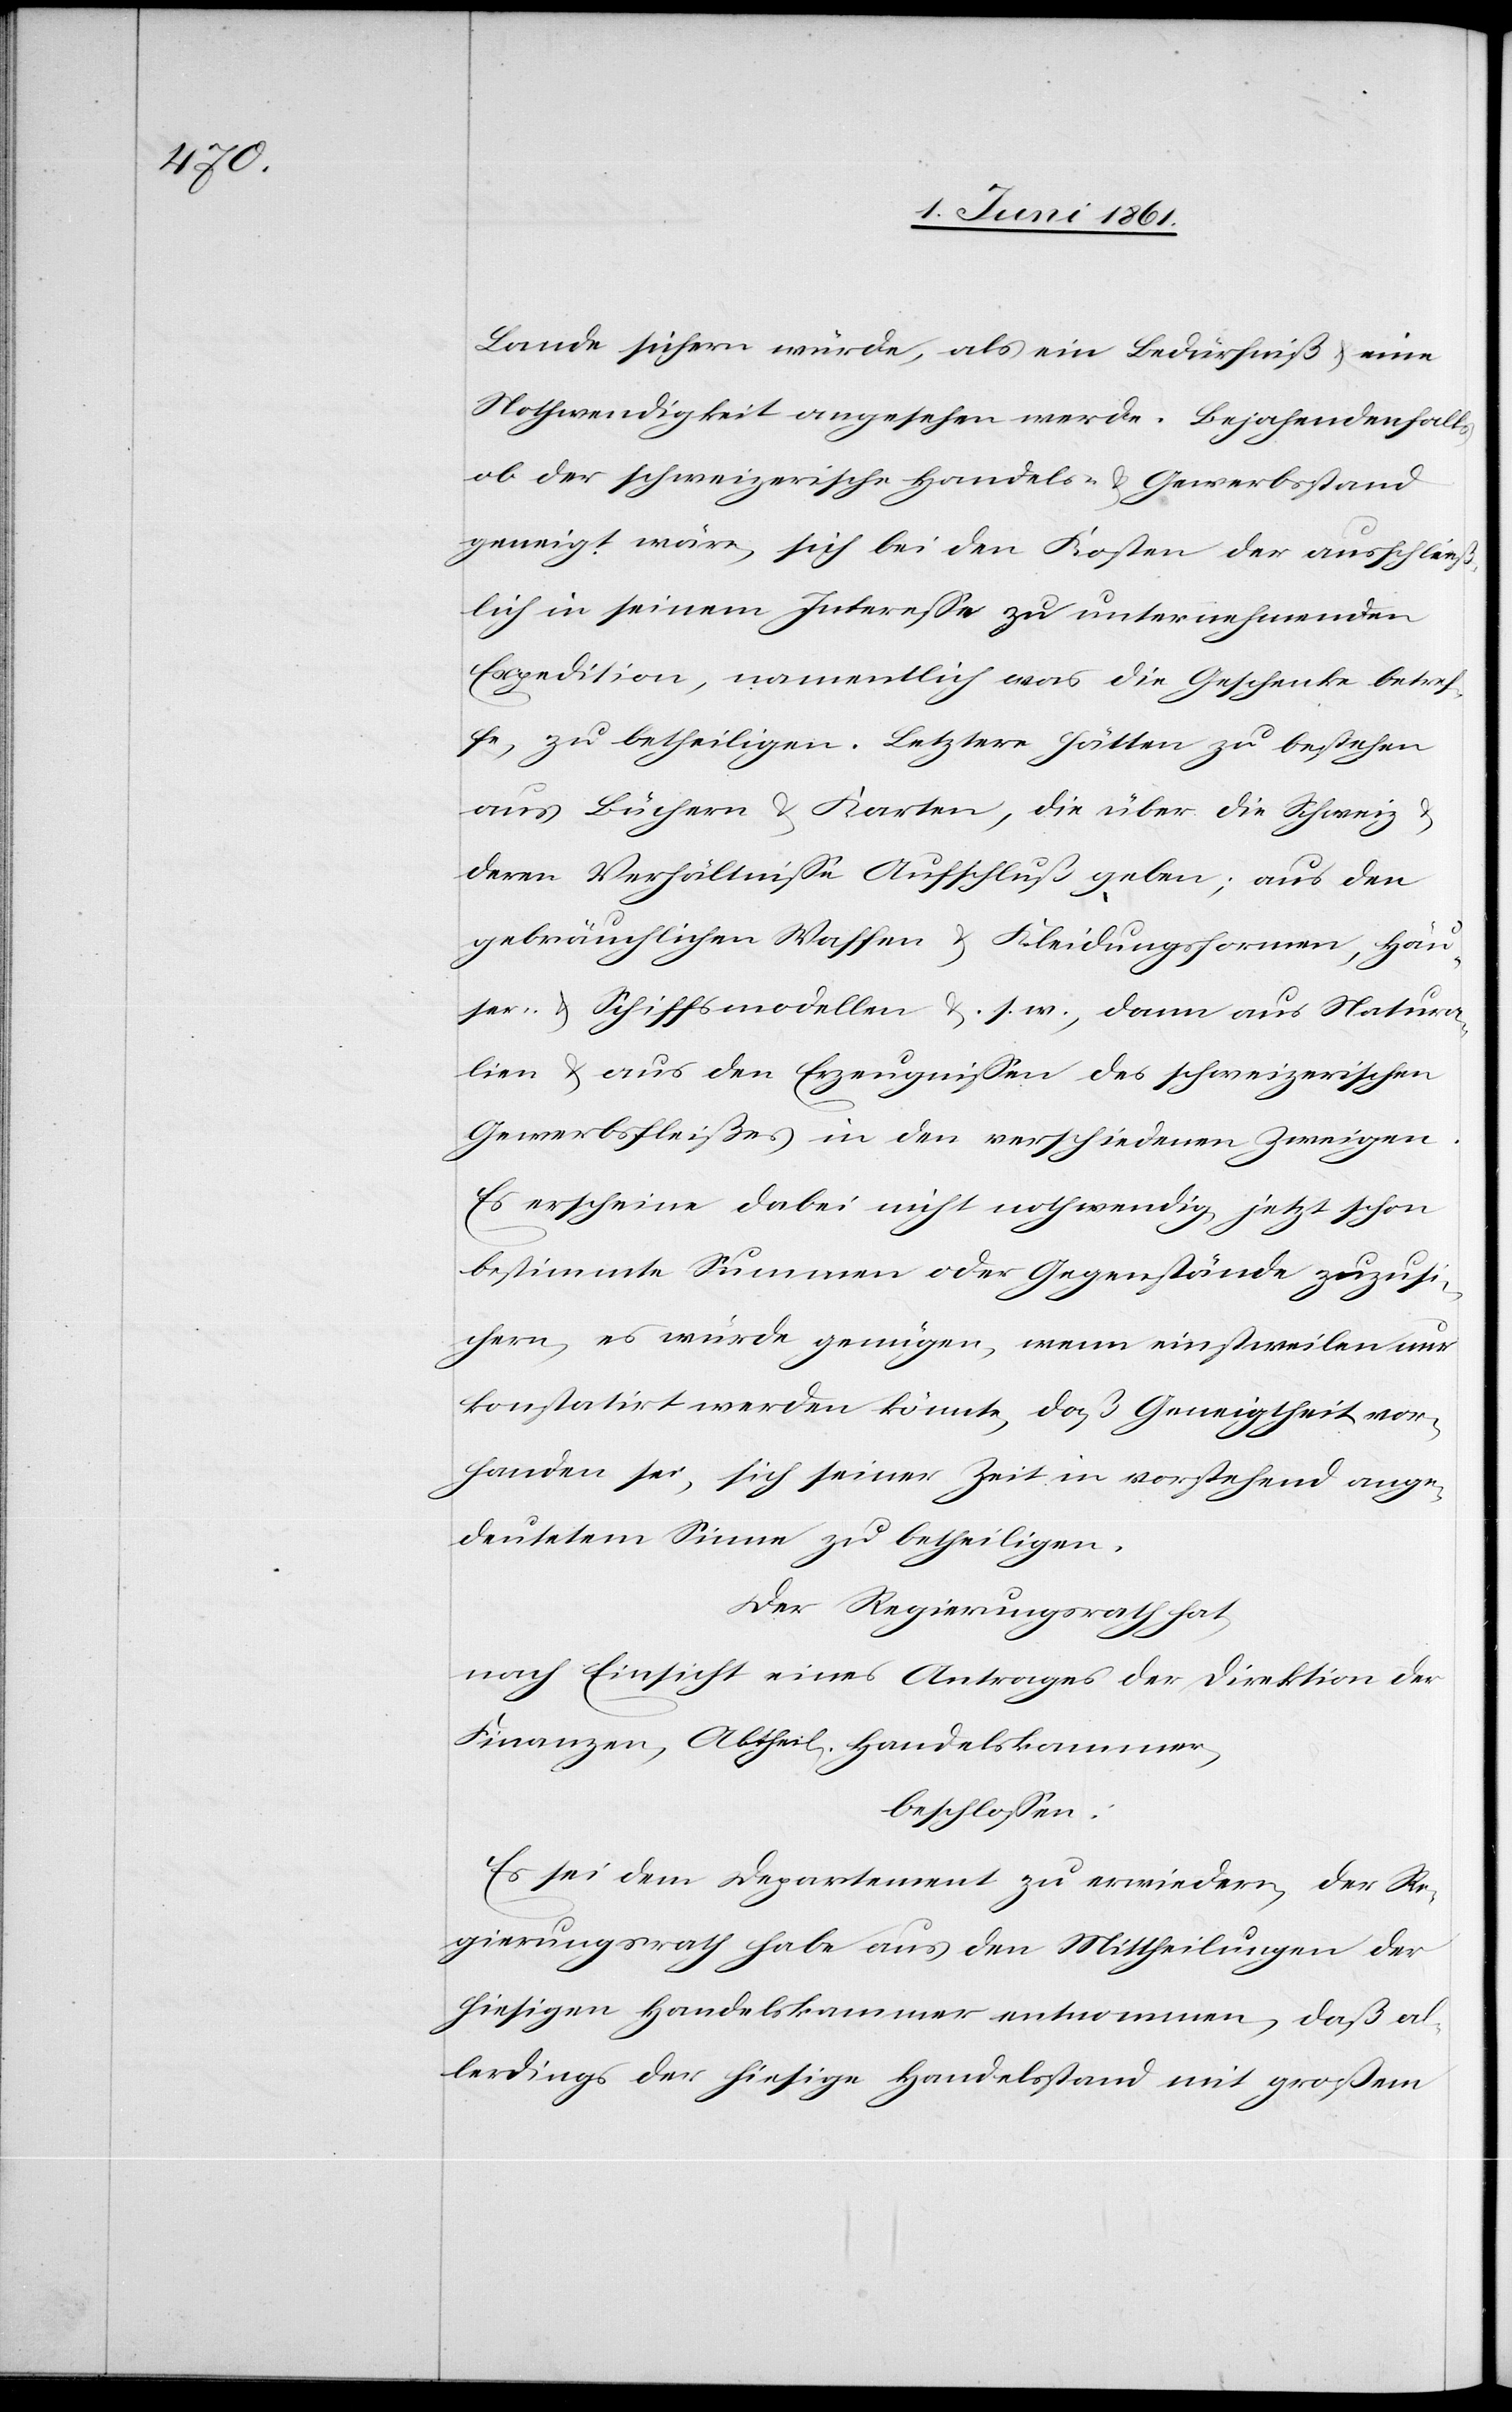
Lande sichern würde, als ein Bedürfniß u. eine
Nothwendigkeit angesehen werde. Bejahendenfalls,
ob der schweizerischen Handels u. Gewerbsstand
geneigt wäre, sich bei den Kosten der ausschließ¬
lich ein seinem Interesse zu unternehmenden
Expedition, namentlich was die Geschenke betref¬
fe, zu betheiligen. Letztere hätten zu bestehen
aus Büchern u. Karten, die über die Schweiz
deren Verhältnisse Aufschluß geben; aus den
gebräuchlichen Waffen u. Kleidungsformen, Häu¬
sern u. aus den Zeugnissen des schweizerischen
Gewerbsfleißes in den verschiedenen Zweigen.
Es erscheine dabei nicht nothwendig, jetzt schon
bestimmte Summen oder Gegenstände zuzusi¬
chern, es würde genügen, wenn einstweilen nur
konstatirt werden könnte, daß Geneigtheit vor¬
handen sei, sich seiner Zeit in vorstehend ange¬
deutetem Sinne zu betheiligen.
Der Regierungsrath hat,
nach Einsicht eines Antrages der Direktion der
Finanzen, Abtheil. Handelskammer,
beschlossen:
Es sei dem Departement zu erwiedern, der Re¬
gierungsrath habe aus den Mittheilungen der
hiesigen Handelskammer entnommen, daß al¬
lerdings der hiesige Handelsstand mit großem